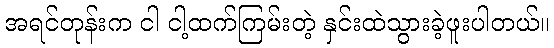
အရင်တုန်းက ငါ ငါ့ထက်ကြမ်းတဲ့ နှင်းထဲသွားခဲ့ဖူးပါတယ်။